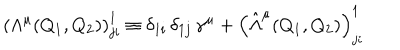
\left( \Lambda ^ { \mu } ( Q _ { 1 } , Q _ { 2 } ) \right) _ { j i } ^ { 1 } \equiv \delta _ { 1 i } \, \delta _ { 1 j } \, \gamma ^ { \mu } + \left( \hat { \Lambda } ^ { \mu } ( Q _ { 1 } , Q _ { 2 } ) \right) _ { j i } ^ { 1 }